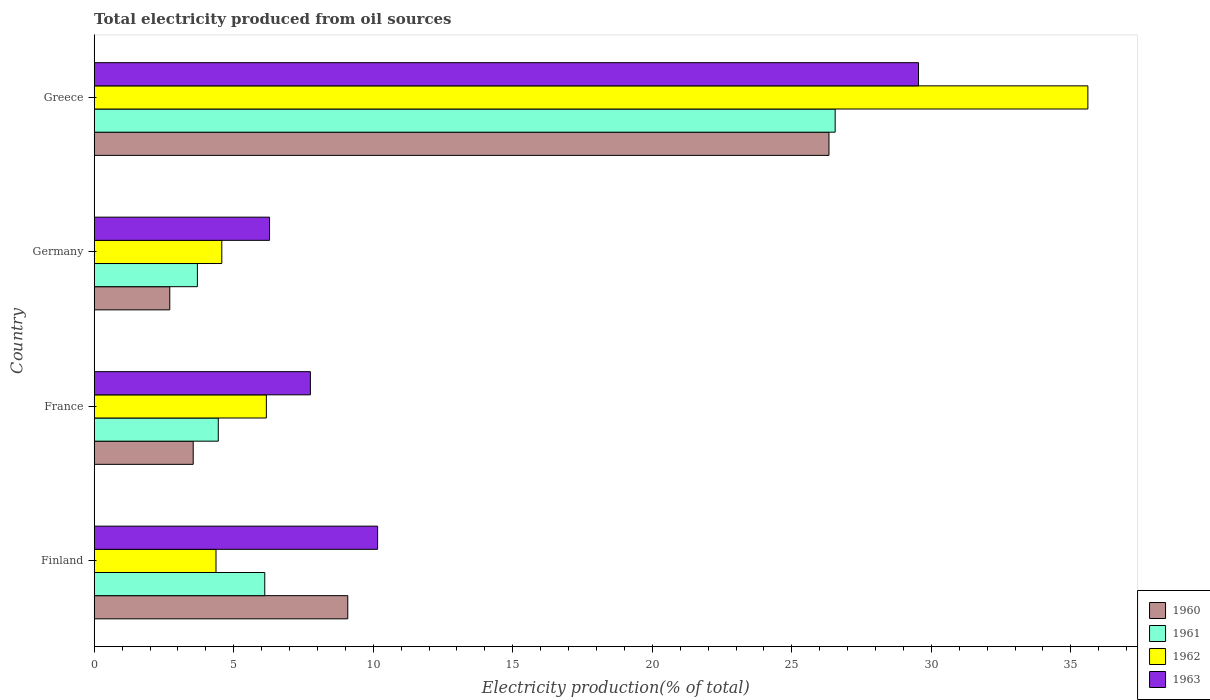
| Country | 1960 | 1961 | 1962 | 1963 |
 | --- | --- | --- | --- | --- |
 | Finland | 9.09 | 6.11 | 4.36 | 10.2 |
 | France | 3.55 | 4.45 | 6.17 | 7.75 |
 | Germany | 2.71 | 3.7 | 4.57 | 6.28 |
 | Greece | 26.3 | 26.6 | 35.6 | 29.5 |